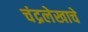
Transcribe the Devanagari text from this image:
चंद्रलेखाचे